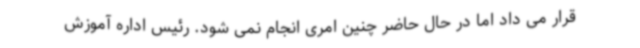
قرار می داد اما در حال حاضر چنین امری انجام نمی شود. رئیس اداره آموزش